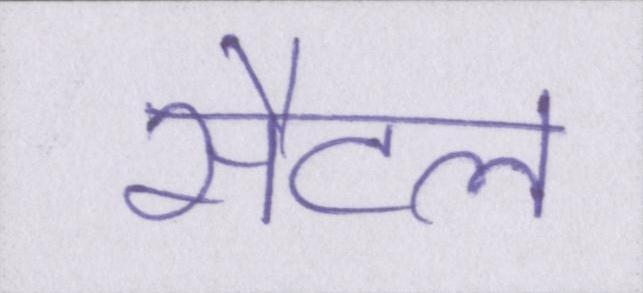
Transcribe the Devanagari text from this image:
सैटल